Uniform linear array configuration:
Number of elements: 8
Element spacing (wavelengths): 1
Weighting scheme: blackman
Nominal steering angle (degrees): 45
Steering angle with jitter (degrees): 45.391
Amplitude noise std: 0.05
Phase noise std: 0.05

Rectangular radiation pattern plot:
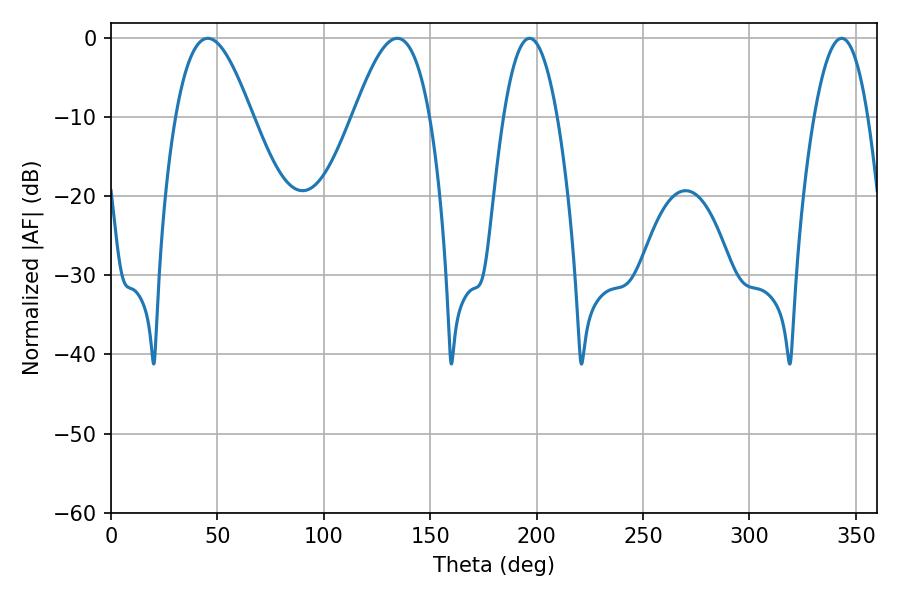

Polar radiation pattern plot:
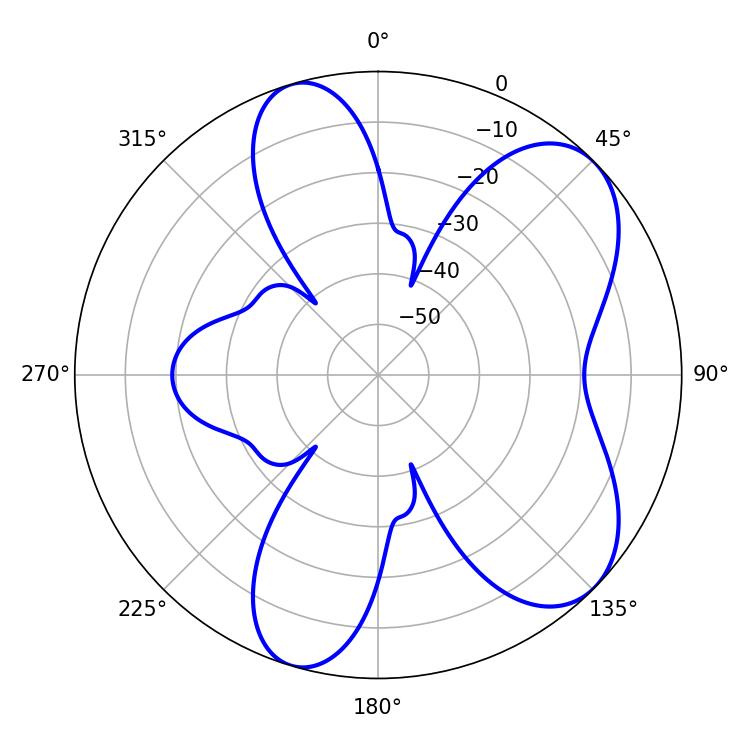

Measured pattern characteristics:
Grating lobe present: TRUE
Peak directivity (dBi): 7.084
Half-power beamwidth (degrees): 19.44
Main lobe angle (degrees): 45.54